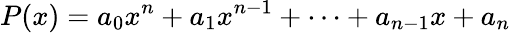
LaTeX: P(x)=a_{0}x^{n}+a_{1}x^{n-1}+\cdots+a_{n-1}x+a_{n}